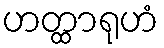
ဟတ္ထာရုဟံ